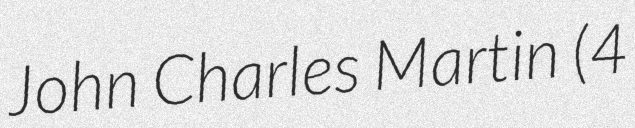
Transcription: John Charles Martin (4